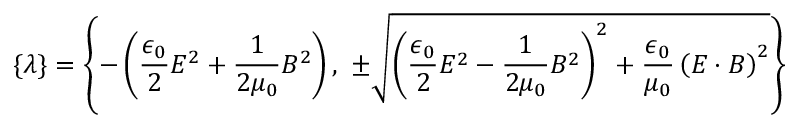
\{ \lambda \} = \left\{ - \left( { \frac { \epsilon _ { 0 } } { 2 } } E ^ { 2 } + { \frac { 1 } { 2 \mu _ { 0 } } } B ^ { 2 } \right) , ~ \pm { \sqrt { \left( { \frac { \epsilon _ { 0 } } { 2 } } E ^ { 2 } - { \frac { 1 } { 2 \mu _ { 0 } } } B ^ { 2 } \right) ^ { 2 } + { \frac { \epsilon _ { 0 } } { \mu _ { 0 } } } \left( { \boldsymbol { E } } \cdot { \boldsymbol { B } } \right) ^ { 2 } } } \right\}